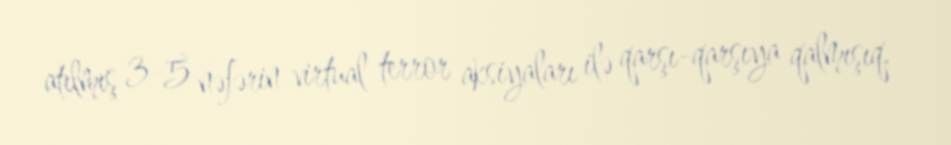
atılmış 3-5 nəfərin virtual terror aksiyaları ilə qarşı-qarşıya qalmışıq.